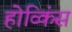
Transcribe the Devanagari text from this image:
होव्किंस